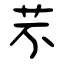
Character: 芣